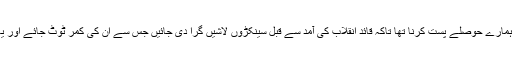
اس پولیس گردی کا مقصدہمارے حوصلے پست کرنا تھا تاکہ قائد انقلاب کی آمد سے قبل سینکڑوں لاشیں گرا دی جائیں جس سے ان کی کمر ٹوٹ جائے اور یہ انقلاب کی بات نہ کریں۔